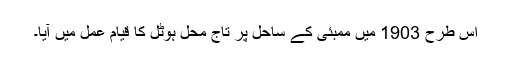
اس طرح 1903 میں ممبئی کے ساحل پر تاج محل ہوٹل کا قیام عمل میں آیا۔